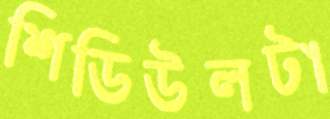
শিডিউলটা